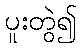
ပူးတွဲ၍